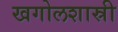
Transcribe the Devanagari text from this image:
खगोलशास्री